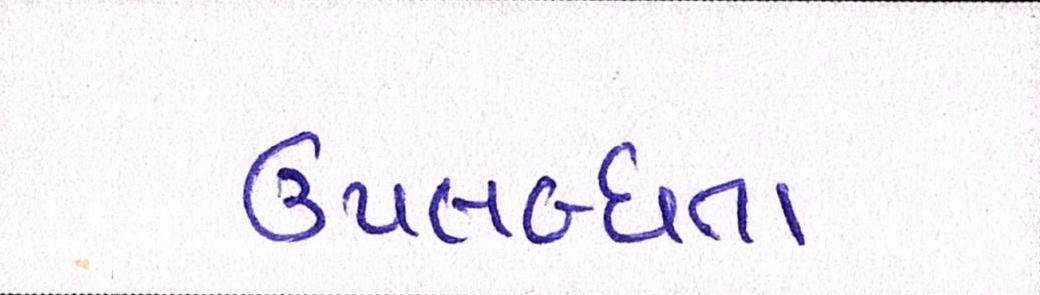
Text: ઉપલબ્ધતા